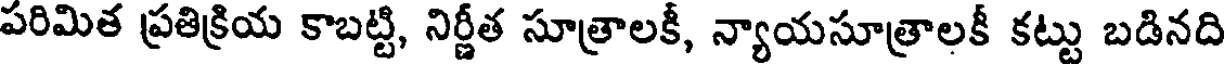
పరిమిత ప్రతిక్రియ కాబట్టి, నిర్ణీత సూత్రాలకీ, న్యాయసూత్రాలకీ కట్టు బడినది